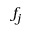
f _ { j }